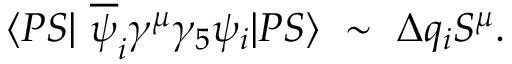
\langle P S | ~ \overline { { { \psi } } } _ { i } \gamma ^ { \mu } \gamma _ { 5 } \psi _ { i } | P S \rangle ~ \sim ~ \Delta q _ { i } S ^ { \mu } .